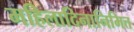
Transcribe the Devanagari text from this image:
महिलादिनानिमित्त